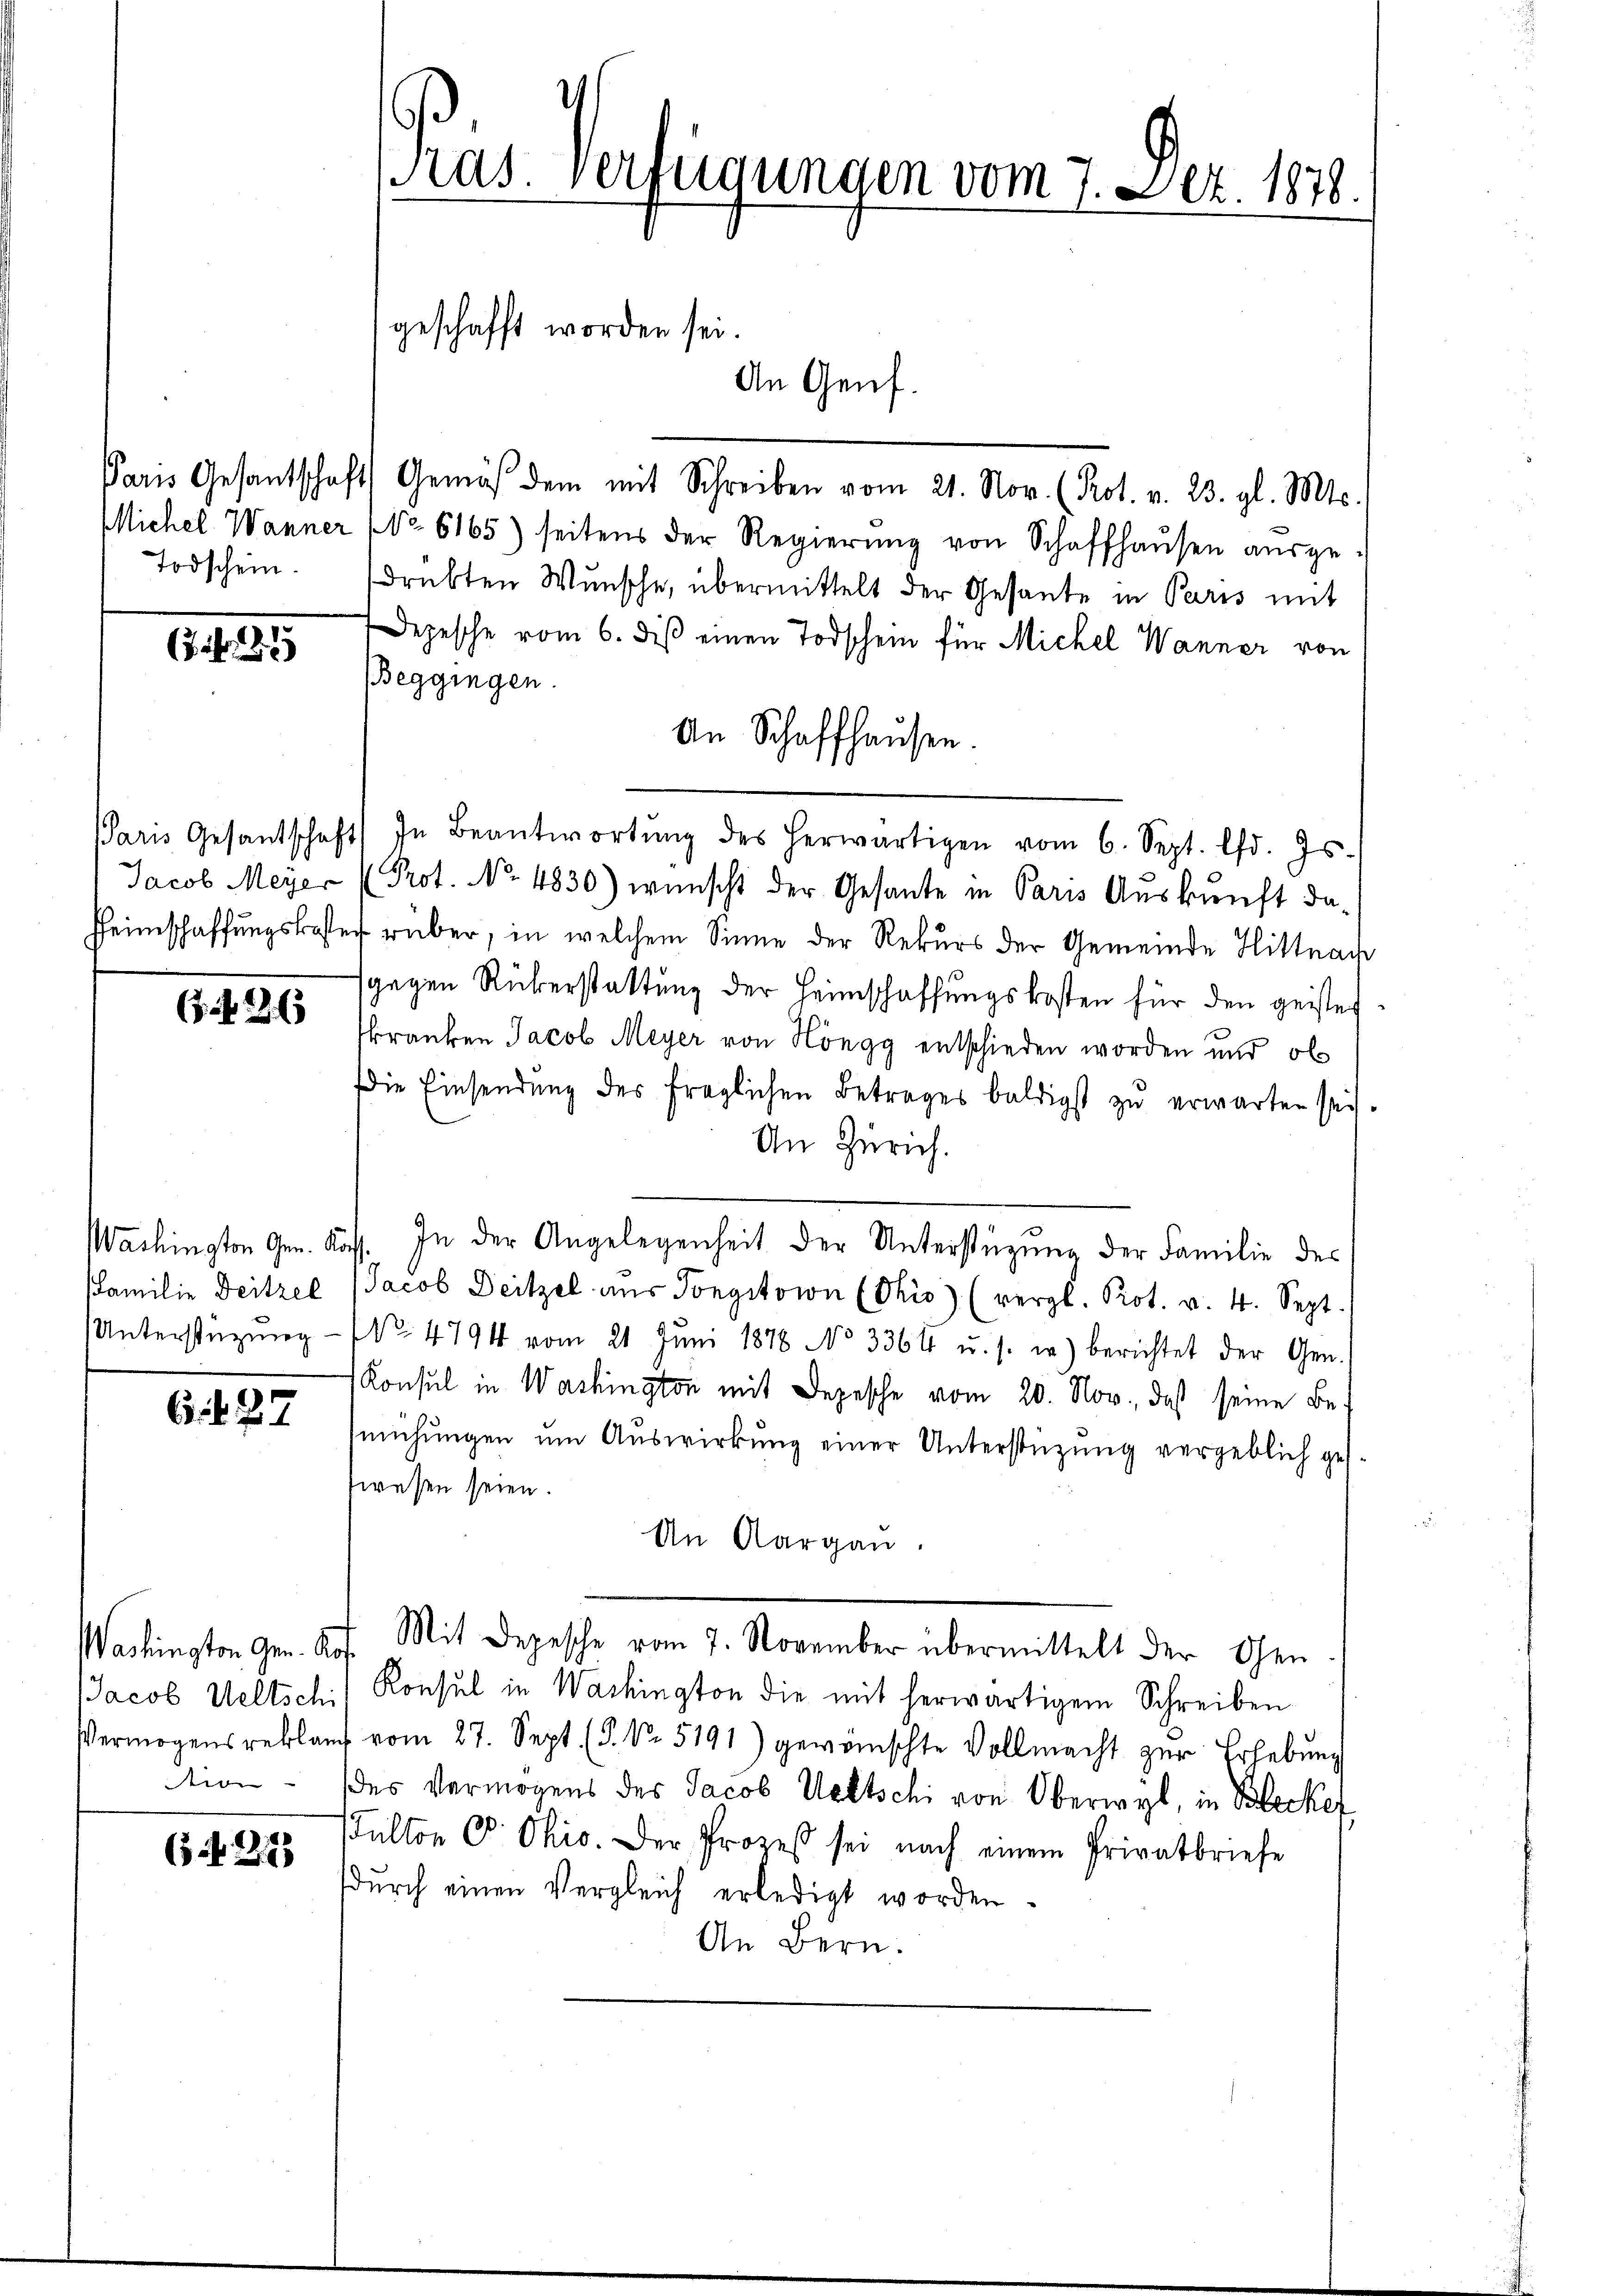
Todschein.

7 Nr. 1849

6. d. 27.

n

64. 215

Pras. Verfügungen vom 7. Dez. 1878.
geschafft worden sei.
An Genf.

Paris Gesantschafts Gemäß dem mit Schreiben vom 21. Nov. (Kot. v. 23. gl. Mts.
Michel Wanner (No 6165) seitens der Regierŭng von Schaffhaŭsen aŭsge-
drükten Wunsche, übermittelt der Gesante in Paris mit
Depesche vom 6. dieß einen Todschein für Michel Wanner von
Beggingen.
An Schaffhausen.
Paris Gesantschaft) In Beantwortŭng des herwärtigen vom 6. Sept. lfd. Js.
Jacob Meyer (Prot. No. 4830) wünscht der Gesante in Paris Auskunft da-
Heimschaffŭngskosten rüber, in welchem Sinne der Rekurs der Gemeinde Hittnach
sgegen Rükerstattung der Heimschaffungskosten für den geisten
(a 200 Franken Jacob Meyer von Höngg entschieden worden und ob
ie Einsendung des fraglichen Betrages baldigst zu erwarten sei.
An Zürich.
Washington Gen. Kass. In der Angelegenheit der Unterstüzung der Familie des
Familie Deitzel (Jacob Deitzel aŭs Pongitoin (Thio) (vergl. Prot. v. 4. Sept.
Unterstüzung - NNo. 4794 vom 21. Jŭni 1878 No 3364 u. s. w.) berichtet der Gen.
Konsul in Washington mit Depesche vom 20. Nov., daß seine Bemühŭngen ŭm Aŭswirkŭng einer Unterstützŭng vergeblich ges
swesen seien.
An Aargau.
Washington gen. A. Mit Depesche vom 7. November übermittelt der Gen
Jacob Weltschi/ Konsul in Washington die mit herwärtigem Schreiben
Vermögens reklamt vom 27. Sept. (§. Nr. 5191) gewünschte Vollmacht zŭr Erhebŭng
des Vermögens des Jacob Weltschi von Oberwyl, in Blecker
ulton C. Ohio. Der Prozeß sei nach einem Privatbriefe
dŭrch einen Vergleich erledigt worden.
An Bern.